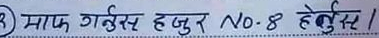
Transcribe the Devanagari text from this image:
माफ गर्नुस् हजुर No. 8 हेर्नुस् ।